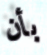
بأن